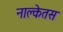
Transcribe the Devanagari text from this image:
नाक्लेतस